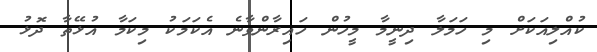
ކުއްލިއަކަށް މި ހަމަލާ ދިނީމާ މީހުން ހައިރާންވާނެ އެކަމަކު މިކަމާ އުޅޭތާ ދޮޅު